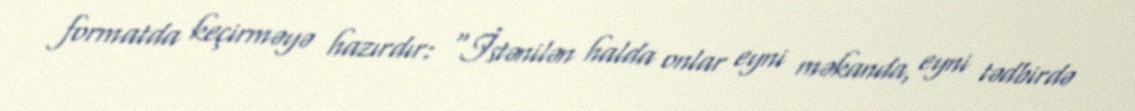
formatda keçirməyə hazırdır: "İstənilən halda onlar eyni məkanda, eyni tədbirdə